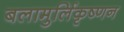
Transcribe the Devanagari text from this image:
बलामुर्लिकृष्णन